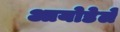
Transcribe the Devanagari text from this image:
आयोडेले